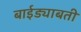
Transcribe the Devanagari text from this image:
बाईड्याबती